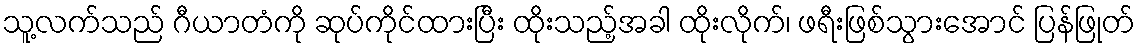
သူ့လက်သည် ဂီယာတံကို ဆုပ်ကိုင်ထားပြီး ထိုးသည့်အခါ ထိုးလိုက်၊ ဖရီးဖြစ်သွားအောင် ပြန်ဖြုတ်